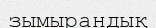
зымырандық